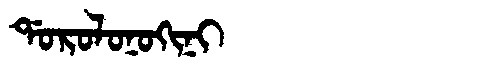
Manchu: ᡩᠣᡵᠣᠯᠣᠨᠣᡴᡳᠨᡳ
Romanization: DOROLONOKINI